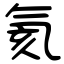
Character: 氦